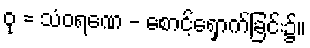
ဝု = သံဝရဏေ - စောင့်ရှောက်ခြင်း၌။